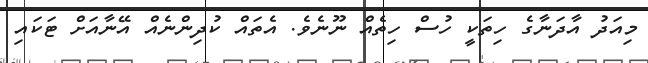
މިއަދު އާދަނާގެ ހިތަކީ ހުސް ހިތެއް ނޫނެވެ. އެތައް ކުދިންނެއް އޭނާއަށް ޓަކައި